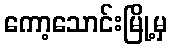
ကော့သောင်းမြို့မှ